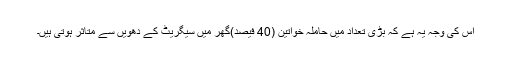
اس کی وجہ یہ ہے کہ بڑی تعداد میں حاملہ خواتین (40 فیصد)گھر میں سیگریٹ کے دھویں سے متاثر ہوتی ہیں۔